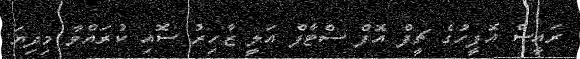
ރައީސް އޮފީހުގެ ޗީފް އޮފް ސްޓާފް އަލީ ޒާހިރު ސޮއި ކުރައްވާ މިދިޔަ